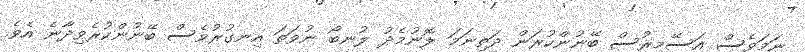
ނަމަވެސް އަސޭމިރުސް ބޭނުންކުރަން ދަތިނަމަ ލޮނުމެދު ލުނބޯ ނުވަތަ އިނގުރުވެސް ބޭނުންކުރެވިދާނެ އެވެ.